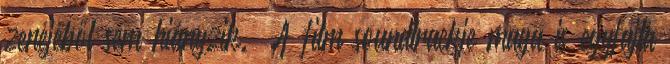
zenéjéből sem hiányzik.” A film soundtrackje maga is egyfajta